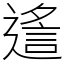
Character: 䢣